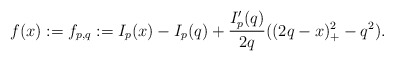
\begin{align*} f(x) := f_{p,q} := I_p(x) - I_p(q) + \frac{I'_p(q)}{2q}((2q-x)_+^2 -q^2). \end{align*}